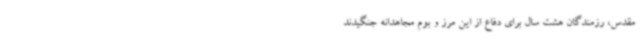
مقدس، رزمندگان هشت سال برای دفاع از این مرز و بوم مجاهدانه جنگیدند